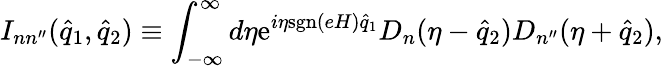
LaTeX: I_{nn^{\prime\prime}}(\hat{q}_{1},\hat{q}_{2})\equiv\int_{-\infty}^{\infty}d\eta\mathrm{e}^{i\eta\mathrm{sgn}(eH)\hat{q}_{1}}D_{n}(\eta-\hat{q}_{2})D_{n^{\prime\prime}}(\eta+\hat{q}_{2}),